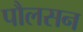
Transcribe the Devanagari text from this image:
पौलसन